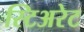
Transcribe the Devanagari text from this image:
स्टिअरेट